Leaving Certificate Examination, 1912
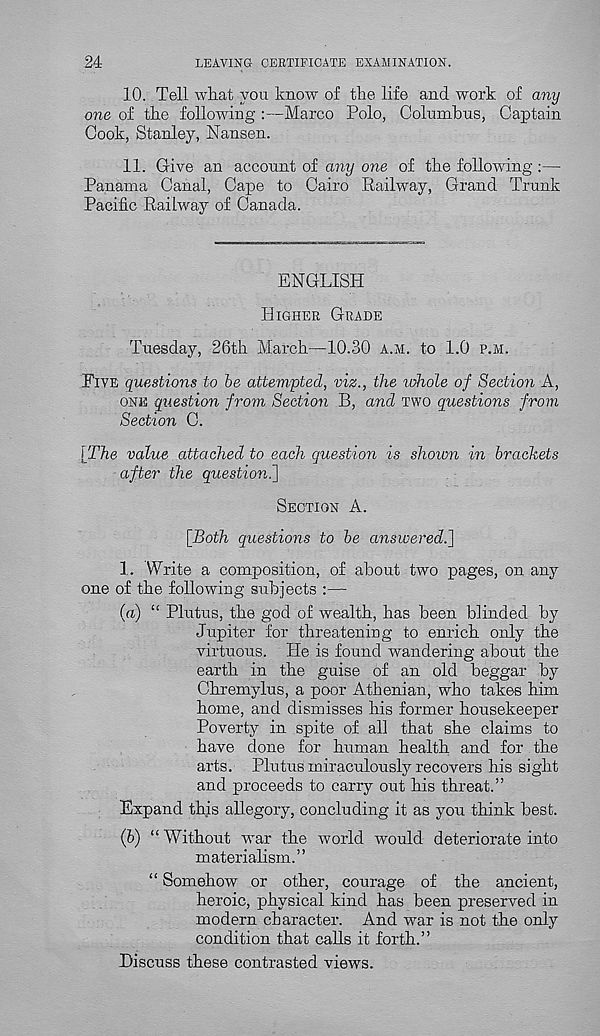
24
LEAVING CERTIFICATE EXAMINATION.
10. Tell what you know of the life and work of any
one of the following :—Marco Polo, Columbus, Captain
Cook, Stanley, Nansen.
11. Give an account of any one of the following :—
Panama Canal, Cape to Cairo Railway, Grand Trunk
Pacific Railway of Canada.
ENGLISH
HIGHER GRADE
Tuesday, 26th March—10.30 A.M. to 1.0 P.M.
FIVE questions to be attempted, viz., the whole of Section A,
ONE question from Section B, and TWO questions from
Section C.
[The value attached to each question is shown in brackets
after the question^]
SECTION A.
[Both questions to be answered.]
1. Write a composition, of about two pages, on any
one of the following subjects :—
(a) “ Plutus, the god of wealth, has been blinded by
Jupiter for threatening to enrich only the
virtuous. He is found wandering about the
earth in the guise of an old beggar by
Chremylus, a poor Athenian, who takes him
home, and dismisses his former housekeeper
Poverty in spite of all that she claims to
have done for human health and for the
arts. Plutus miraculously recovers his sight
and proceeds to carry out his threat.”
Expand this allegory, concluding it as you think best.
(b) “Without war the world would deteriorate into
materialism.”
“ Somehow or other, courage of the ancient,
heroic, physical kind has been preserved in
modern character. And war is not the only
condition that calls it forth.”
Discuss these contrasted views.